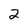
Character: 2